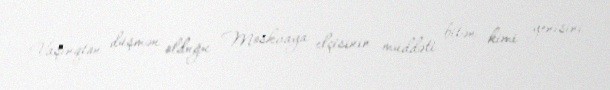
Vaşinqton düşmən olduğu Moskvaya elçisinin müddəti bitən kimi yenisini